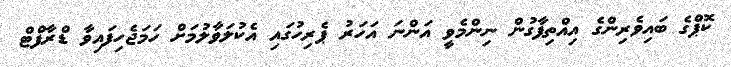
ކޮޕްގެ ބައިވެރިންގެ އިއްތިފާގުން ނިންމެވީ އަންނަ އަހަރު ޕެރިހުގައި އެކުލަވާލުމަށް ހަމަޖެހިފައިވާ ޑްރާފްޓް